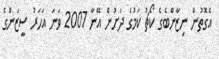
އެގޮތުން ނިޒާންބެގެ ކޯޗު ކަމުގެ ދަށުން އޭނާ 2007 ވަނަ އަހަރު ސީޒަންގެ